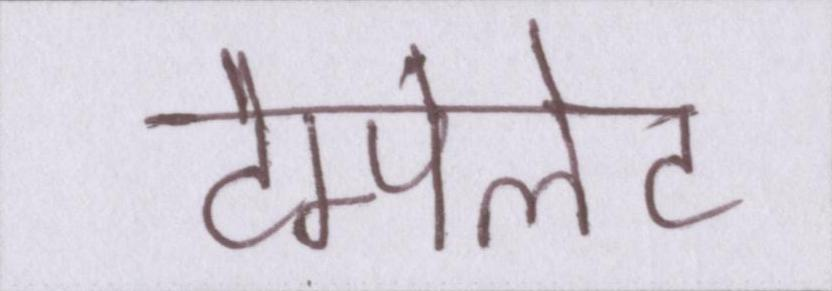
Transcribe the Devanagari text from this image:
टेम्पलेट